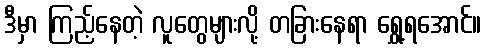
ဒီမှာ ကြည့်နေတဲ့ လူတွေများလို့ တခြားနေရာ ရွှေ့ရအောင်။